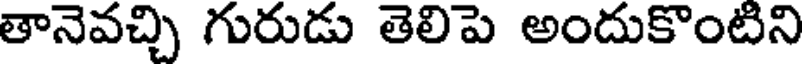
తానెవచ్చి గురుడు తెలిపె అందుకొంటిని